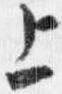
上